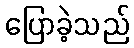
ပြောခဲ့သည်